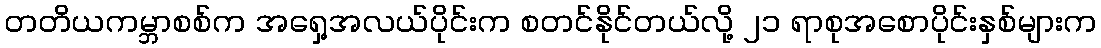
တတိယကမ္ဘာစစ်က အရှေ့အလယ်ပိုင်းက စတင်နိုင်တယ်လို့ ၂၁ ရာစုအစောပိုင်းနှစ်များက